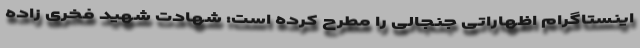
اینستاگرام اظهاراتی جنجالی را مطرح کرده است: شهادت شهید فخری زاده